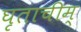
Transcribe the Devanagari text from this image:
घृताचीम्